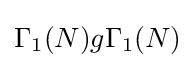
\Gamma _{1}(N)g\Gamma _{1}(N)